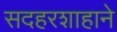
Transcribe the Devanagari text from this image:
सदहरशाहाने